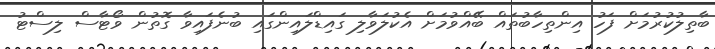
ބާތިލުކުރުމަށް ފަހު އިންތިހާބުތައް ބޭއްވުމަށް އެކުލަވާލި ގައިޑްލައިންގައި ބުނެފައިވާ ގޮތުން ވޯޓާސް ލިސްޓު